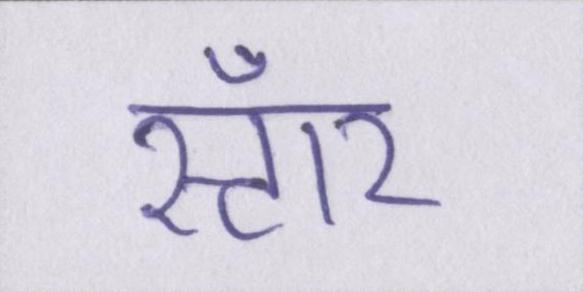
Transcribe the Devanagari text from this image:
स्टॉर